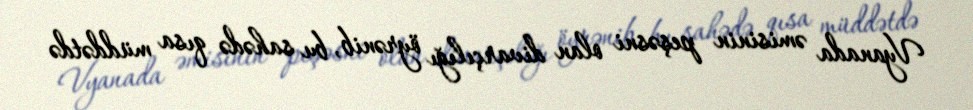
Vyanada əmisinin peşəsni olan divarçılığı öyrənib, bu sahədə qısa müddətdə